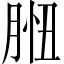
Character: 𦛾